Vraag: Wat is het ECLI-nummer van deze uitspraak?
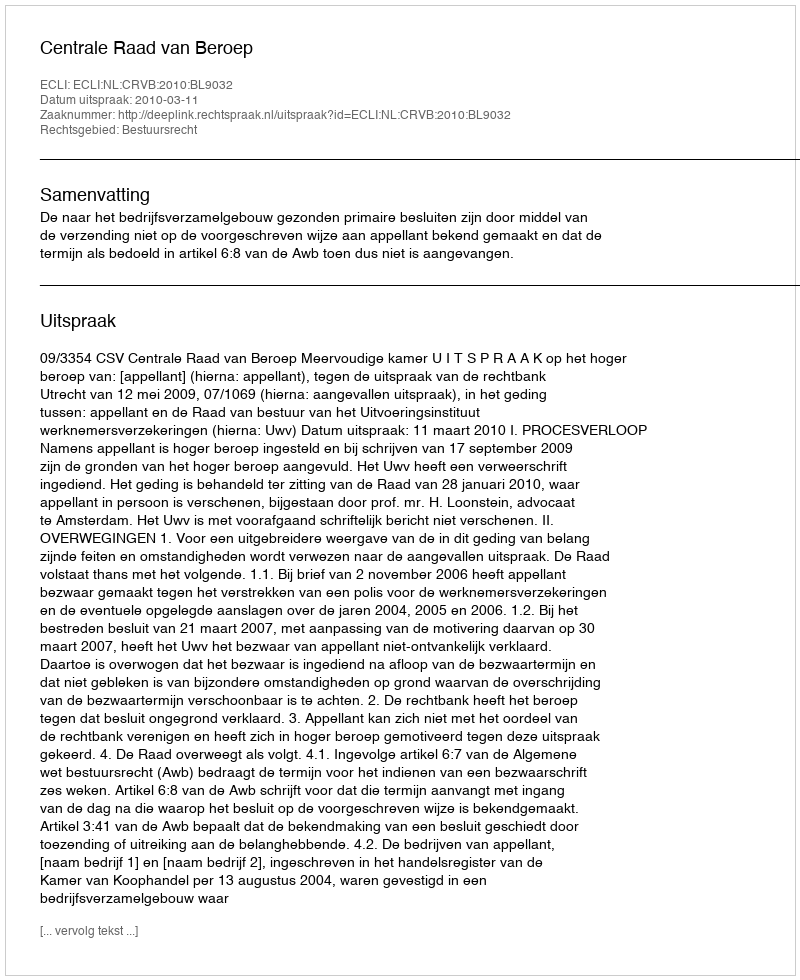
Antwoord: ECLI:NL:CRVB:2010:BL9032